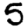
Digit: 5